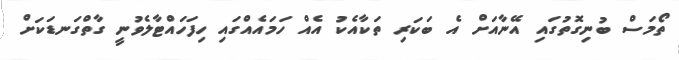
ތޯމަސް ބުނިގޮތުގައި އޭނާއަށް އެ ބަކަރި ތަކާއެކު އެއް ހަމައެއްގައި ހިފަހައްޓާލެވުނީ ގާތްގަނޑަކަށް